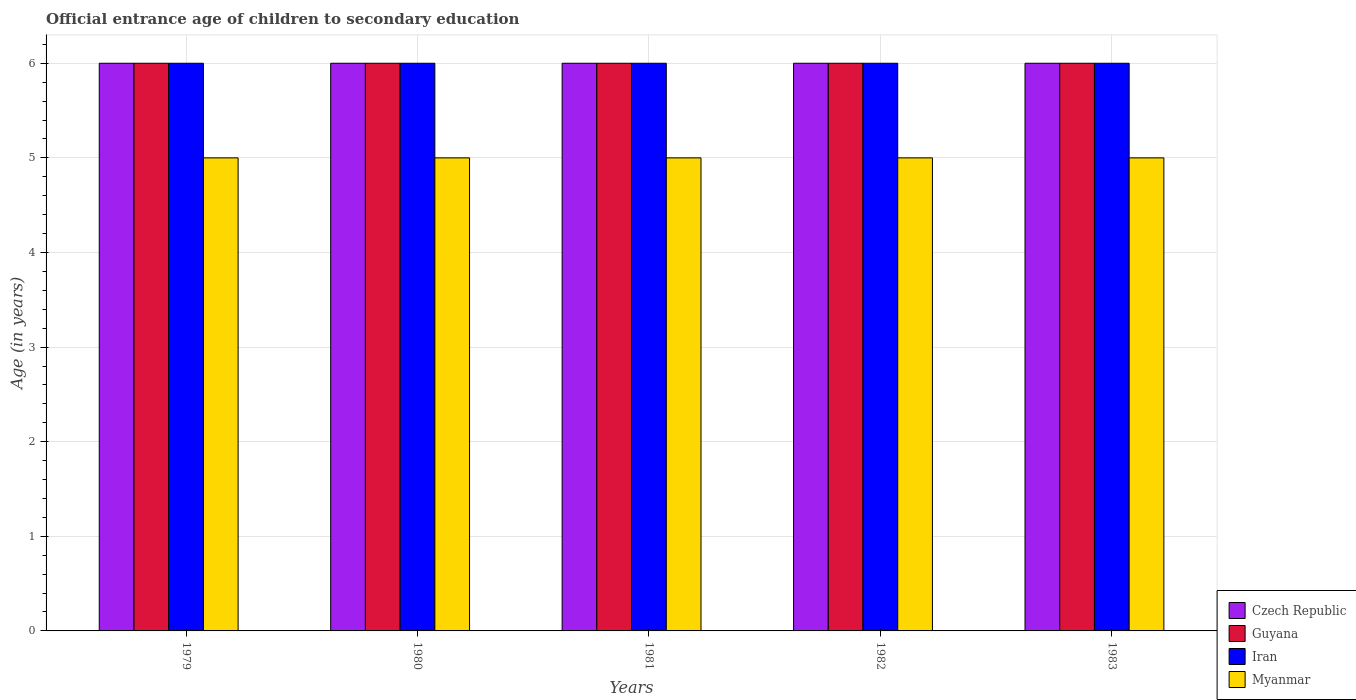
| Years | Czech Republic | Guyana | Iran | Myanmar |
 | --- | --- | --- | --- | --- |
 | 1979 | 6 | 6 | 6 | 5 |
 | 1980 | 6 | 6 | 6 | 5 |
 | 1981 | 6 | 6 | 6 | 5 |
 | 1982 | 6 | 6 | 6 | 5 |
 | 1983 | 6 | 6 | 6 | 5 |